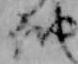
納